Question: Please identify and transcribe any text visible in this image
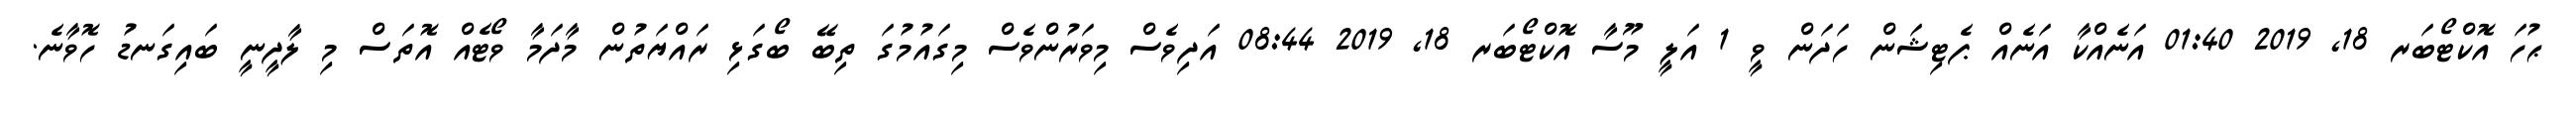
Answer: ޙުހަ އޮކްޓޯބަރ 18, 2019 01:40 އަނެއްކާ އަނެއް ޕެޓިޝަން ހަދަން ވީ 1 އަލީ މޫސާ އޮކްޓޯބަރ 18, 2019 08:44 އަދިވެސް މިވަރުންވެސް މިގައުމުގަ ތިބޭ ބޯގަޅި ރައްޔަތުން މާދަމާ ވޯޓެއް އޮތަސް މި ލާދީނީ ބައިގަނޑު ހޮވާނެ.